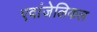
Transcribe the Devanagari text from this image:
एवांजेलिकल